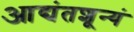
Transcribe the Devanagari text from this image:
आद्यंतशून्यं